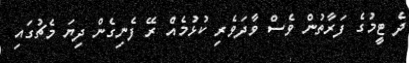
ދެ ޓީމުގެ ފަރާތުން ވެސް ވާދަވެރި ކުޅުމެއް ރޭ ފެނިގެން ދިޔަ މެޗުގައި